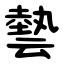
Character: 㙯